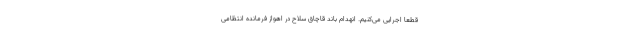
قطعا اجرایی می‌کنیم. انهدام باند قاچاق سلاح در اهواز فرمانده انتظامی